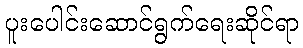
ပူးပေါင်းဆောင်ရွက်ရေးဆိုင်ရာ